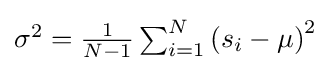
{\textstyle \sigma ^{2}={\frac {1}{N-1}}\sum _{i=1}^{N}\left(s_{i}-\mu \right)^{2}}